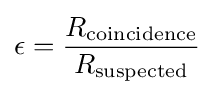
\epsilon ={\frac {R_{\rm {coincidence}}}{R_{\rm {suspected}}}}